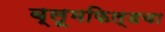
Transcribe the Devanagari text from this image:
ब्लूमफिल्डचा